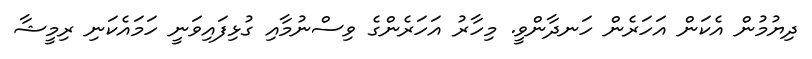
ދިޔުމުން އެކަން އަހަރެން ހަނދާންވީ. މިހާރު އަހަރެންގެ ވިސްނުމާއި ގުޅިފައިވަނީ ހަމައެކަނި ރިމީޝާ